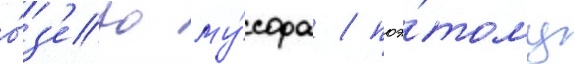
о́з'еро му́сора / поэ́тому